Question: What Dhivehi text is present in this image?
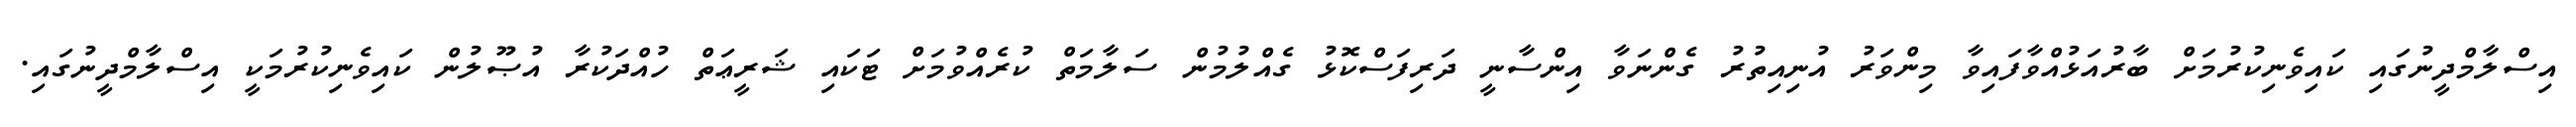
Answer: އިސްލާމްދީނުގައި ކައިވެނިކުރުމަށް ބާރުއަޅުއްވާފައިވާ މިންވަރު އުނިއިތުރު ގެންނަވާ އިންސާނީ ދަރިފަސްކޮޅު ގެއްލުމުން ސަލާމަތް ކުރެއްވުމަށް ޓަކައި ޝަރީޢަތް ހުއްދަކުރާ އުޞޫލުން ކައިވެނިކުރުމަކީ އިސްލާމްދީނުގައި.